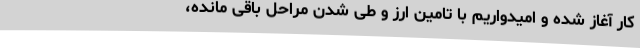
کار آغاز شده و امیدواریم با تامین ارز و طی شدن مراحل باقی مانده،